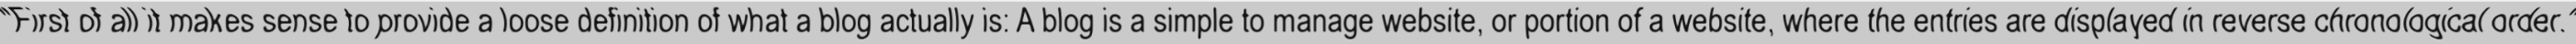
"First of all it makes sense to provide a loose definition of what a blog actually is: A blog is a simple to manage website, or portion of a website, where the entries are displayed in reverse chronological order."